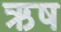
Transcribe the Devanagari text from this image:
ऋष